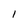
Character: 1